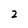
Character: 2